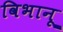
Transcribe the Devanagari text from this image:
विभानू